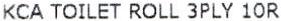
KCA TOILET ROLL 3PLY 10R